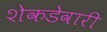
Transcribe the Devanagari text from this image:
शेकडेवारी